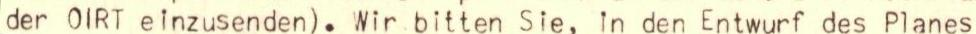
der OIRT einzusenden). Wir.bitten Sie, in den Entwurf des Planes